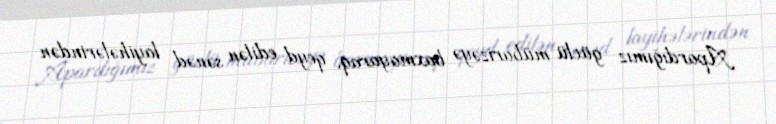
Apardığımız güclü mübarizəyə baxmayaraq, qeyd edilən sənəd layihələrindən